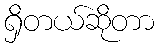
ရှိတယ်ဆိုတာ